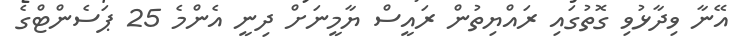
އޭނާ ވިދާޅުވި ގޮތުގައި ރައްޔިތުން ރައީސް ޔާމީނަށް ދިނީ އެންމެ 25 ޕަސެންޓްގެ